Civil Veterinary Department. Madras. Admin. report 1910-25 - 1910-1925
Year: 1910
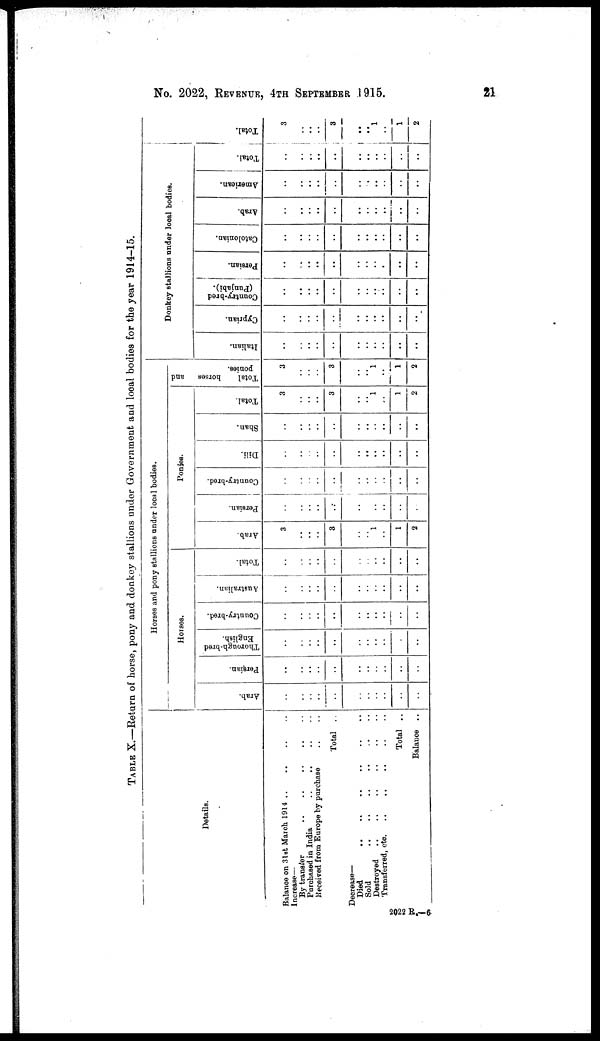
No. 2022,REVENUE, 4TH SEPTEMBER 1915.
21
TABLE X.—Return of horse, pony and donkey stallions under Government and local bodies for the year 1914-15.
Details.
Balance on 31st March
1914
..
..
..
..
Increase—
By transfer .. .. .. .. ..
Purchased in India .. .. .. ..
Received from Europe by purchase .. ..
Total ..
Decrease—
Died
..
..
..
..
..
..
Sold
..
..
..
..
..
..
Destroyed .. .. .. .. .. ..
Transferred, etc. .. .. .. .. ..
Total ..
Balance ..
Horses and pony stallions under local bodies.
Horses.
Arab.
..
..
..
..
..
..
..
..
..
..
..
Persian.
..
..
..
..
..
..
..
..
..
..
..
Thorough-bred
English.
..
..
..
..
..
..
..
..
..
..
..
Country-bred.
..
..
..
..
..
..
..
..
..
..
..
Australian.
..
..
..
..
..
..
..
..
..
..
..
Total.
..
..
..
..
..
..
..
..
..
..
Ponies.
Arab.
3
..
..
..
3
..
..
1
..
1
2
Persian.
..
..
..
..
..
..
..
..
..
..
.
Country-bred.
..
..
..
..
..
..
..
..
..
..
..
Dili.
..
..
..
..
..
..
..
..
..
..
..
Shan.
..
..
..
..
..
..
..
..
..
..
..
Total.
3
..
..
..
3
..
..
1
..
1
2
Total
horses
and
ponies.
3
..
..
..
3
..
..
1
..
1
2
Donkey stallions under local bodies.
Italian.
..
..
..
..
..
..
..
..
..
..
..
Cyprian.
..
..
..
..
..
..
..
..
..
..
..
Country-bred
(Punjabi).
..
..
..
..
..
..
..
..
..
..
..
Persian.
..
..
..
..
..
..
..
..
..
..
..
Catolonian.
..
..
..
..
..
..
..
..
..
..
..
Arab.
..
..
..
..
..
..
..
..
..
..
..
American.
..
..
..
..
..
..
.
..
..
..
..
Total.
..
..
..
..
..
..
..
..
..
..
..
Tot al .
3
..
..
..
3
..
..
1
..
1
2
2022 R.— 6